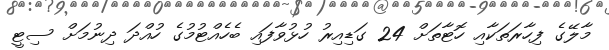
މާލޭގެ ފިހާރަތަކާއި ހޮޓާތަށް 24 ގަޑިއިރު ހުޅުވާފައި ބެހެއްޓުމުގެ ހުއްދަ ދިނުމަށް ސިޓީ